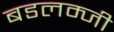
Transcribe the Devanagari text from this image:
बडलम्जी